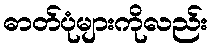
ဓာတ်ပုံများကိုလည်း